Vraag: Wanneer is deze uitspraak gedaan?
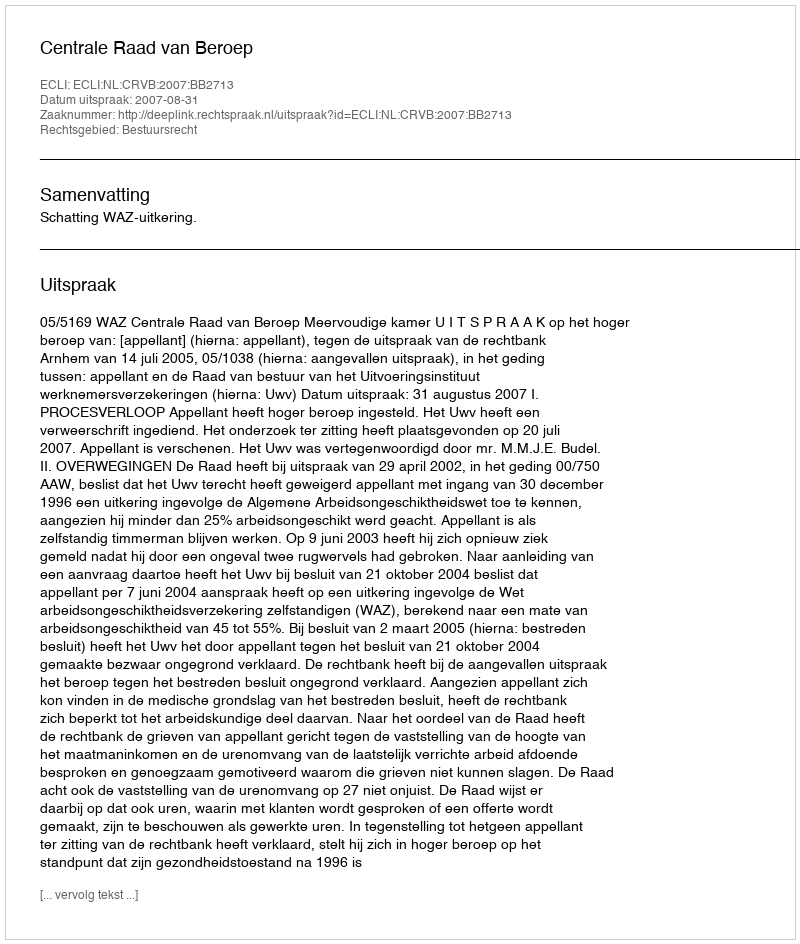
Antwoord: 2007-08-31